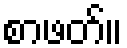
စာဖတ်။